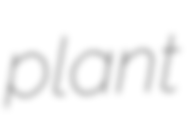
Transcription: plant